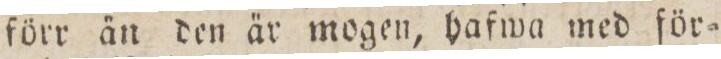
förr än den är mogen, hafwa med för=